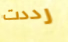
رددت